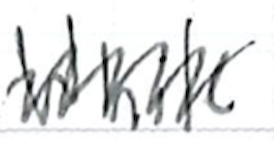
Text: while
Cross-out: zig-zag
Writing tool: ballpoint